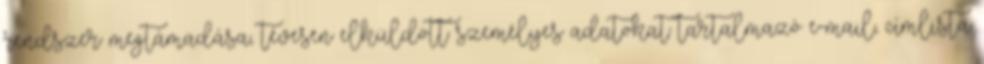
rendszer megtámadása, tévesen elküldött személyes adatokat tartalmazó e-mail, címlista